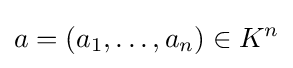
a=(a_{1},\dots ,a_{n})\in K^{n}